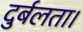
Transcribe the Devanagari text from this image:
दुर्बलता।